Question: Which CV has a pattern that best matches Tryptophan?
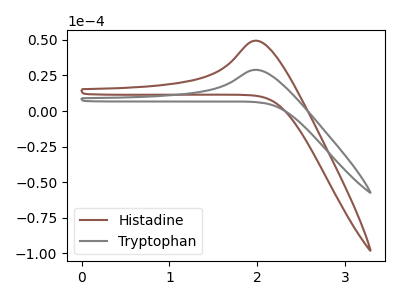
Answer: <think>The brown curve "Histadine" has an anodic peak at: (2.00V, 49.40uA). The gray curve "Tryptophan" has an anodic peak at: (2.00V, 28.95uA).
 All the peaks in "Histadine" have a peak in "Tryptophan" at the same potential. Every peak in "Histadine" is higher than every peak in "Tryptophan".</think>
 <answer>The CV with the most similar shape to "Histadine" is "Tryptophan".</answer>
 <eval>"Tryptophan"</eval>